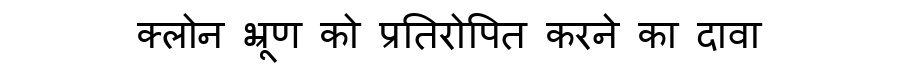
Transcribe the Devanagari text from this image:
क्लोन भ्रूण को प्रतिरोपित करने का दावा